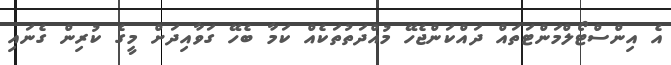
އެ އިންސްޓޯލްމަންޓަތައް ދައްކަންޖެހޭ މުއްދަތުތަކެއް ކަމާ ބެހޭ ގަވާއިދަށް މީގެ ކުރިން ގެނައި